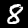
Digit: 8